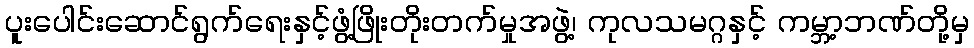
ပူးပေါင်းဆောင်ရွက်ရေးနှင့်ဖွံ့ဖြိုးတိုးတက်မှုအဖွဲ့၊ ကုလသမဂ္ဂနှင့် ကမ္ဘာ့ဘဏ်တို့မှ